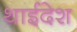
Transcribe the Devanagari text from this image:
थाईदेश